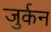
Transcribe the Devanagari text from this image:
जुर्कन